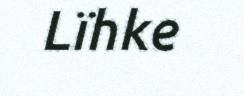
Lïhke